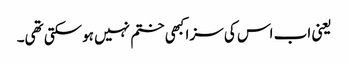
یعنی اب اس کی سزا کبھی ختم نہیں ہوسکتی تھی۔